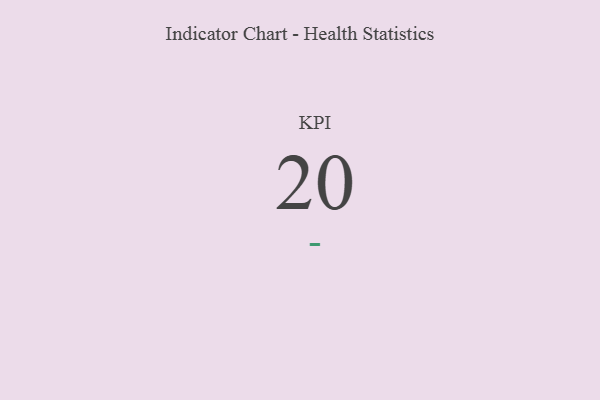
{"axis": {"x": "KPI", "y": "Value"}, "legend": [""], "data": [{"x": "KPI", "y": 20, "type": ""}]}